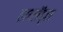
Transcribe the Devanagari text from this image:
हाय्लेंड्स